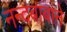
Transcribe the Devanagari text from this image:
नन्दबाबाने